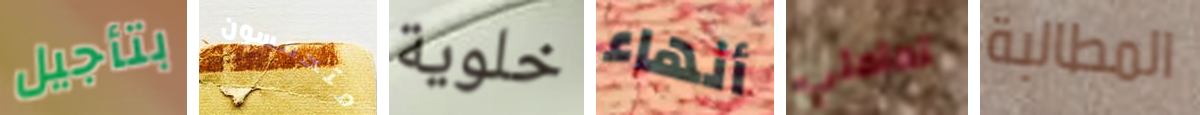
بتأجيل متحمسون خلوية أنهاء تعاملي المطالبة